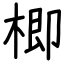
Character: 楖